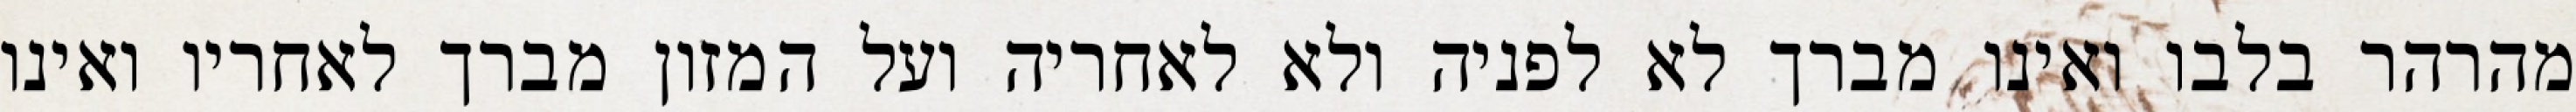
מהרהר בלבו ואינו מברך לא לפניה ולא לאחריה ועל המזון מברך לאחריו ואינו